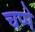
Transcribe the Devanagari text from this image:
चप्पे